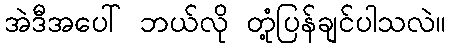
အဲဒီအပေါ် ဘယ်လို တုံ့ပြန်ချင်ပါသလဲ။